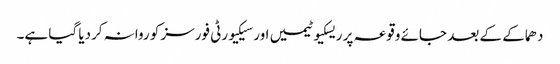
دھماکے کے بعد جائے وقوعہ پر ریسکیو ٹیمیں اور سیکیورٹی فورسز کو روانہ کردیا گیا ہے۔